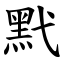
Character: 黓